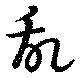
乱